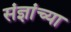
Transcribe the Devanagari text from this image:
संज्ञांच्या